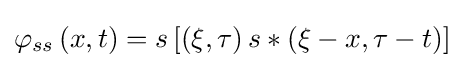
\varphi _{ss}\left(x,t\right)=s\left[\left(\xi ,\tau \right)s*\left(\xi -x,\tau -t\right)\right]